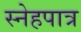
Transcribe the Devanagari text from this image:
स्नेहपात्र